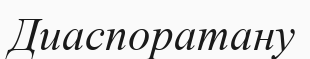
Диаспоратану